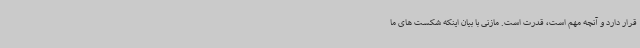
قرار دارد و آنچه مهم است، قدرت است. مازنی با بیان اینکه شکست های ما